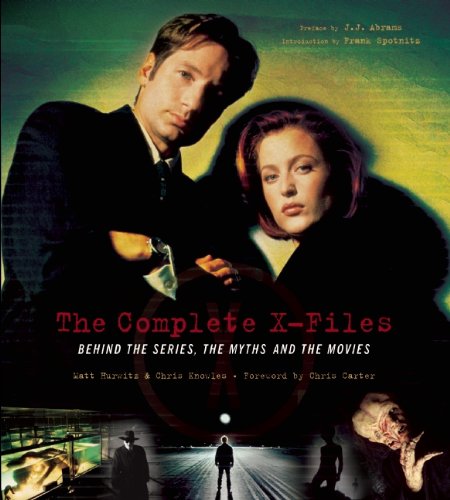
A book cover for The Complete X-Files: Behind the Series the Myths and the Movies; Chris Knowles; Humor & Entertainment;